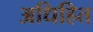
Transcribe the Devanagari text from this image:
अधिहित